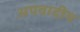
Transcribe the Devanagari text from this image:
अपवादीय